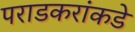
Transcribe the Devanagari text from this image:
पराडकरांकडे